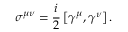
\sigma ^ { \mu \nu } = { \frac { i } { 2 } } \left[ \gamma ^ { \mu } , \gamma ^ { \nu } \right] .